Indian journal of veterinary science and animal husbandry - Volume 10,
Year: 1940
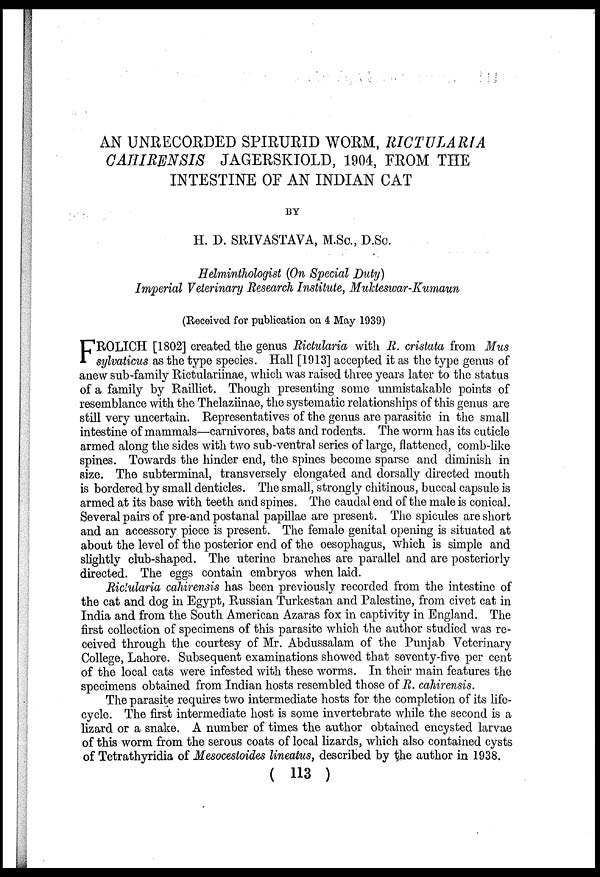
AN UNRECORDED SPIRURID WORM, RICTULARIA
CAHIRENSIS JAGERSKIOLD, 1904, FROM THE
INTESTINE OF AN INDIAN CAT
BY
H. D. SRIVASTAVA, M.Sc., D.Sc.
Helminthologist (On Special Duty)
Imperial Veterinary Research Institute, Mukteswar-Kumaun
(Received for publication on 4 May 1939)
F ROLICH [1802] created the genus Rictularia with R. cristata from Mus
sylvaticus as the type species. Hall [1913] accepted it as the type genus of
anew sub-family Rictulariinae, which was raised three years later to the status
of a family by Railliet. Though presenting some unmistakable points of
resemblance with the Thelaziinae, the systematic relationships of this genus are
still very uncertain. Representatives of the genus are parasitic in the small
intestine of mammals—carnivores, bats and rodents. The worm has its cuticle
armed along the sides with two sub-ventral series of large, flattened, comb-like
spines. Towards the hinder end, the spines become sparse and diminish in
size. The subterminal, transversely elongated and dorsally directed mouth
is bordered by small denticles. The small, strongly chitinous, buccal capsule is
armed at its base with teeth and spines. The caudal end of the male is conical.
Several pairs of pre-and postanal papillae are present. The spicules are short
and an accessory piece is present. The female genital opening is situated at
about the level of the posterior end of the oesophagus, which is simple and
slightly club-shaped. The uterine branches are parallel and are posteriorly
directed. The eggs contain embryos when laid.
Rictularia cahirensis has been previously recorded from the intestine of
the cat and dog in Egypt, Russian Turkestan and Palestine, from civet cat in
India and from the South American Azaras fox in captivity in England. The
first collection of specimens of this parasite which the author studied was re-
ceived through the courtesy of Mr. Abdussalam of the Punjab Veterinary
College, Lahore. Subsequent examinations showed that seventy-five per cent
of the local cats were infested with these worms. In their main features the
specimens obtained from Indian hosts resembled those of R. cahirensis.
The parasite requires two intermediate hosts for the completion of its life-
cycle. The first intermediate host is some invertebrate while the second is a
lizard or a snake. A number of times the author obtained encysted larvae
of this worm from the serous coats of local lizards, which also contained cysts
of Tetrathyridia of Mesocestoides lineatus, described by the author in 1938.
( 113 )